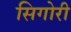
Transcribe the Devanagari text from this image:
सिगोरी